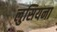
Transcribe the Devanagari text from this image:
लुसियना